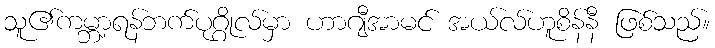
သူ၏ကမ္ဘာ့ရန်ဘက်ပုဂ္ဂိုလ်မှာ ဟာဂျီအာမင် အယ်လ်ဟူစိန်နီ ဖြစ်သည်။